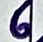
Text: 6